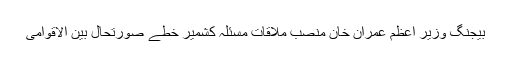
بیجنگ وزیر اعظم عمران خان منصب ملاقات مسئلہ کشمیر خطے صورتحال بین الاقوامی